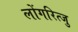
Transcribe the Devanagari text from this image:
लोंगरित्जु